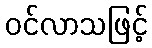
ဝင်လာသဖြင့်